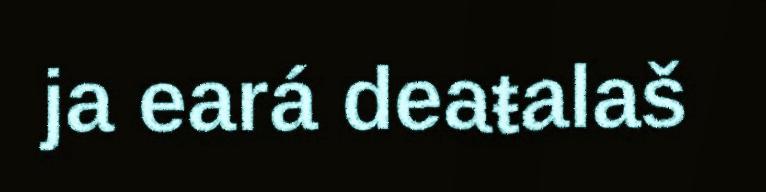
ja eará deaŧalaš